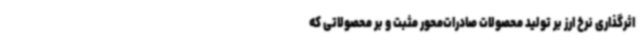
اثرگذاری نرخ ارز بر تولید محصولات صادرات‌محور مثبت و بر محصولاتی که